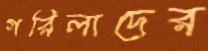
গরিলাদের